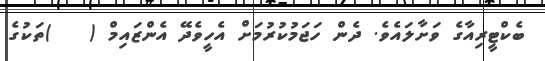
ބެކްޓީރިއާގެ ވަށާލައެވެ. ދެން ހަޖަމުކުރުމަށް އެހީވެދޭ އެންޒައިމް (   )ތަކުގެ